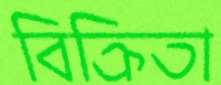
বিক্রিতা